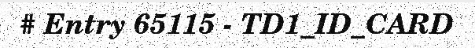
# Entry 65115 - TD1_ID_CARD